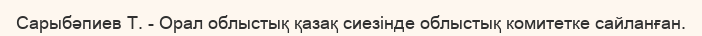
Сарыбәпиев Т. - Орал облыстық қазақ сиезінде облыстық комитетке сайланған.